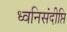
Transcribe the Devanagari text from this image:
ध्वनिसंदीप्ति